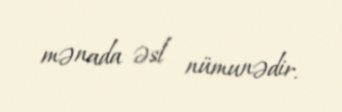
mənada əsl nümunədir.